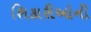
શિકારીઓની